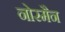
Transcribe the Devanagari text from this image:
नोरमैन